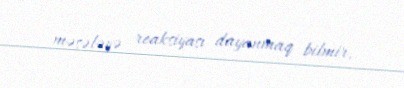
məsələyə reaksiyası dayanmaq bilmir.